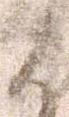
候